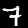
Label: 7